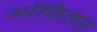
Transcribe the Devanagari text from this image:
ऑफिशल